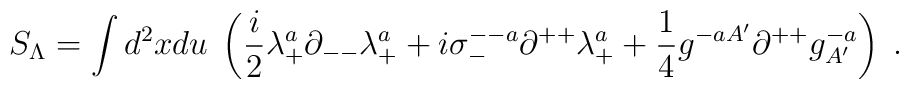
S_\Lambda = \int d^2xdu \; \left( {i\over 2}\lambda^{a}_+\partial_{--}\lambda^a_{+}+ i\sigma^{--a}_{-} \partial^{++}\lambda^{a}_+ + {1\over 4} g^{-aA'} \partial^{++} g^{-a}_{A'} \right)\; .